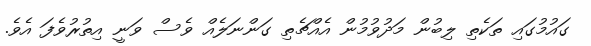
ގައުމުގައި ތަކެތި ލިބުން މަދުވުމުން އެއްޗެތި ގަންނަލެއް ވެސް ވަނީ އިތުރުވެފަ އެވެ.